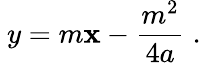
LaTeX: \ y=m\mathbf{x}-{\frac{{m^{2}}}{{4a}}}\; .